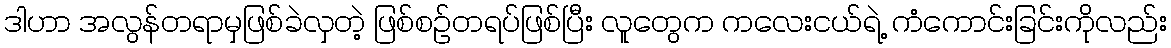
ဒါဟာ အလွန်တရာမှဖြစ်ခဲလှတဲ့ ဖြစ်စဉ်တရပ်ဖြစ်ပြီး လူတွေက ကလေးငယ်ရဲ့ ကံကောင်းခြင်းကိုလည်း